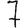
Digit: 7